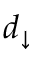
d _ { \downarrow }